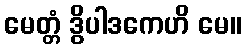
မေတ္တံ ဒွိပါဒကေဟိ မေ။